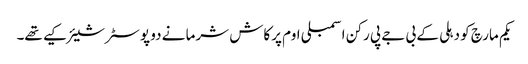
یکم مارچ کو دہلی کے بی جے پی رکن اسمبلی اوم پرکاش شرما نے دو پوسٹر شیئر کیے تھے۔